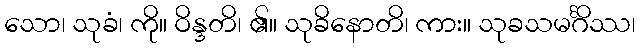
သော၊ သုခံ၊ ကို။ ဝိန္ဒတိ၊ ၏။ သုခိနောတိ၊ ကား။ သုခသမင်္ဂိဿ၊